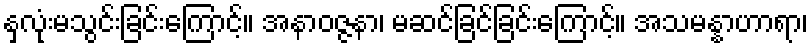
နှလုံးမသွင်းခြင်းကြောင့်။ အနာဝဇ္ဇနာ၊ မဆင်ခြင်ခြင်းကြောင့်။ အသမန္နာဟာရာ၊